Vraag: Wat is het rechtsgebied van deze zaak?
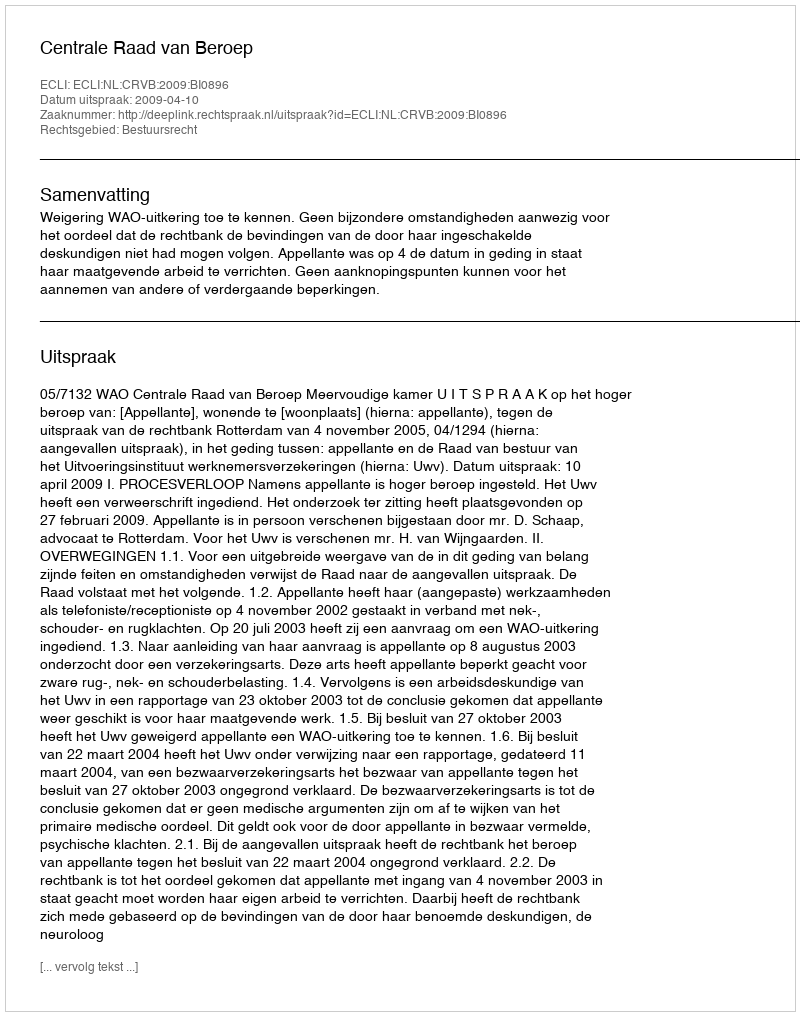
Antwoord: Bestuursrecht